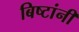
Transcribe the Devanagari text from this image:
बिष्टांनी